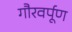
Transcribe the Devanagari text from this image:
गौरवर्पूण